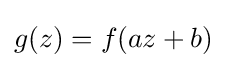
g(z)=f(az+b)